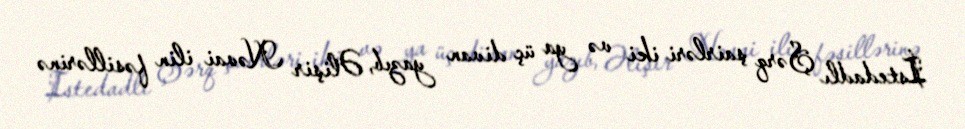
İstedadlı Şərq şairləri iki və ya üç divan yazıb, Əlişir Nəvai ilin fəsillərinə